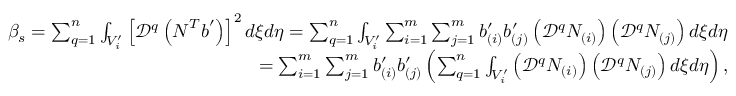
\begin{array} { r } { \beta _ { s } = \sum _ { q = 1 } ^ { n } \int _ { V _ { i } ^ { \prime } } \left[ \mathcal { D } ^ { q } \left( \boldsymbol { N } ^ { T } \boldsymbol { b } ^ { \prime } \right) \right] ^ { 2 } d \xi d \eta = \sum _ { q = 1 } ^ { n } \int _ { V _ { i } ^ { \prime } } \sum _ { i = 1 } ^ { m } \sum _ { j = 1 } ^ { m } b _ { ( i ) } ^ { \prime } b _ { ( j ) } ^ { \prime } \left( \mathcal { D } ^ { q } N _ { ( i ) } \right) \left( \mathcal { D } ^ { q } N _ { ( j ) } \right) d \xi d \eta } \\ { = \sum _ { i = 1 } ^ { m } \sum _ { j = 1 } ^ { m } b _ { ( i ) } ^ { \prime } b _ { ( j ) } ^ { \prime } \left( \sum _ { q = 1 } ^ { n } \int _ { V _ { i } ^ { \prime } } \left( \mathcal { D } ^ { q } N _ { ( i ) } \right) \left( \mathcal { D } ^ { q } N _ { ( j ) } \right) d \xi d \eta \right) , } \end{array}